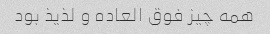
همه چیز فوق العاده و لذیذ بود